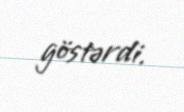
göstərdi.